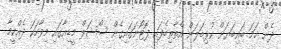
ދެން ހަމަ ބައިބަޔަށް ކުޅިބަލަން އެތާތިބެފައި ފޮޓޯނަގައިގެން ސޯޝަލް މީޑިއާގައި މިވާހަކަ ދެއްކީމާ